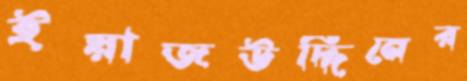
ইয়াজউদ্দিনের